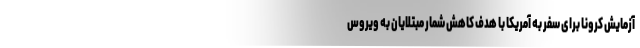
آزمایش کرونا برای سفر به آمریکا با هدف کاهش شمار مبتلایان به ویروس